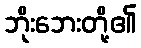
ဘိုးဘေးတို့၏